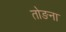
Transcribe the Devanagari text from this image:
तोङना